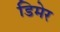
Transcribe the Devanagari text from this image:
डिमेर